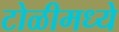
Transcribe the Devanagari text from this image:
टोळीमध्ये